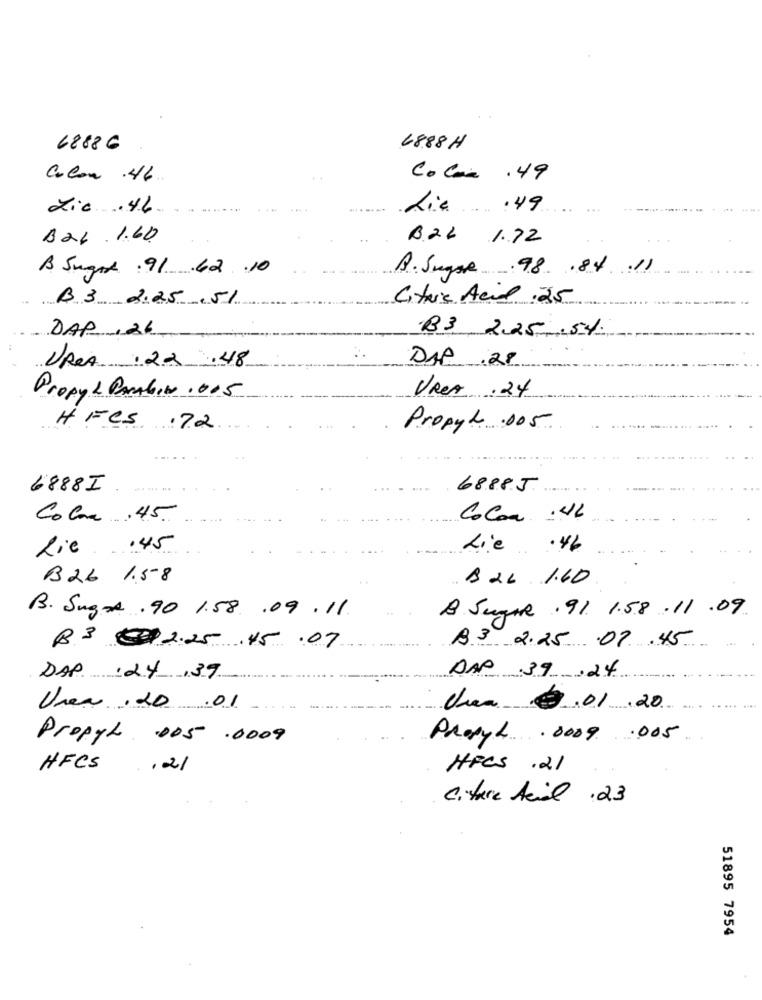
68886
6888H
Colon .46
Colar .49
Lic . 46
die
Bat.1.60
6.22 1.72
B. Sugor : 91.62 .10
B. Sugare 98 .84 .11
B 3 2.25 .51
Citric Acid .25
DAP , 26
B3 2,25 .54.
UPRA . 22 .48
DAP .28
PropyL PARAbin . 005
VRea . 24
HFCS .72
Propyl .005
6888I
68885
Color .45
Cocoa : 46
die .
Lie
B26 1.58
. B26. 1.60
B. Sug .90 1.58.09.11.
B. Suger . 91 1.58.11 .09.
B3 2.25 07.45
B3 $$2.25 .45 .07
DAP. : 24 ,39
DAP 39.24
Unea . 20 .01
duea 3.01.20
Prasyh .0009 .005
Propyl 005 .0009
HFCS
HFCS .21
Citric Acid .23
51895 7954